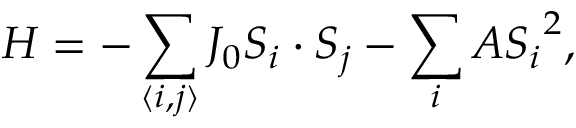
H = - \sum _ { \langle i , j \rangle } J _ { 0 } S _ { i } \cdot S _ { j } - \sum _ { i } A { S _ { i } } ^ { 2 } ,